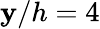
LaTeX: \mathbf{y}/h=4